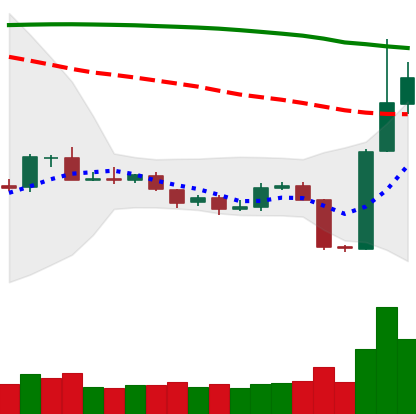
Ticker: BTC-USD
Chart end date: 2019-10-27
Forward return: -3.043%
Label: down_3_5